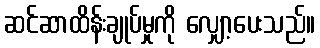
ဆင်ဆာထိန်းချုပ်မှုကို လျှော့ပေးသည်။